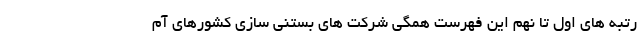
رتبه های اول تا نهم این فهرست همگی شرکت های بستنی سازی کشورهای آم